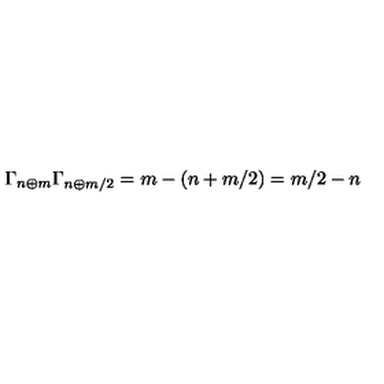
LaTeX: \Gamma _ { n \oplus m } \Gamma _ { n \oplus m / 2 } = m - ( n + m / 2 ) = m / 2 - n